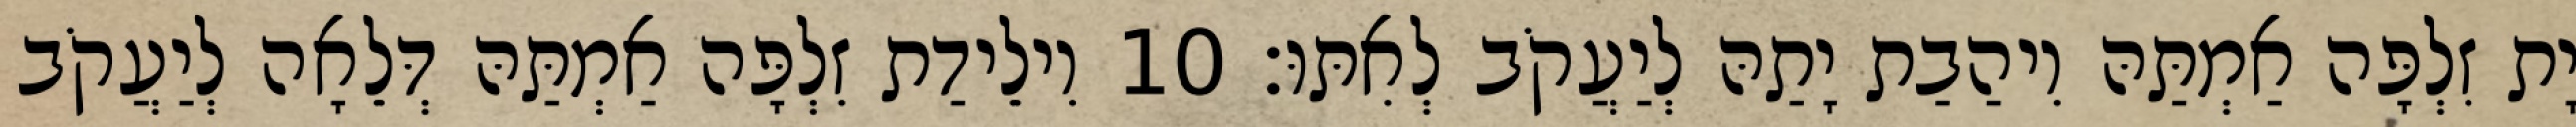
יָת זִלְפָּה אַמְתַּהּ וִיהַבַת יָתַהּ לְיַעֲקֹב לְאִתּוּ׃ 10 וִילֵידַת זִלְפָּה אַמְתַּהּ דְּלֵאָה לְיַעֲקֹב